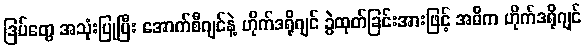
ဒြပ်တွေ အသုံးပြုပြီး အောက်စီဂျင်နဲ့ ဟိုက်ဒရိုဂျင် ခွဲထုတ်ခြင်းအားဖြင့် အဓိက ဟိုက်ဒရိုဂျင်